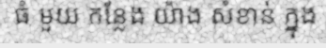
ធំ មួយ កន្លែង យ៉ាង សំខាន់ ក្នុង